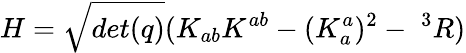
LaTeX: H={\sqrt{det(q)}}(K_{ab}K^{ab}-(K_{a}^{a})^{2}-\; ^{3}R)